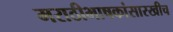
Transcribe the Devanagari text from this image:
मराठीभाषकांसारखीच